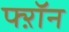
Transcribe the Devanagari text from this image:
फ्ऱॉन